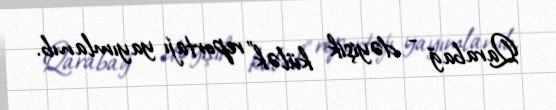
Qarabağ - dəyişik külək” reportajı yayımlanıb.